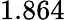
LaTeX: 1.864